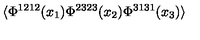
\langle \Phi ^ { 1 2 1 2 } ( x _ { 1 } ) \Phi ^ { 2 3 2 3 } ( x _ { 2 } ) \Phi ^ { 3 1 3 1 } ( x _ { 3 } ) \rangle